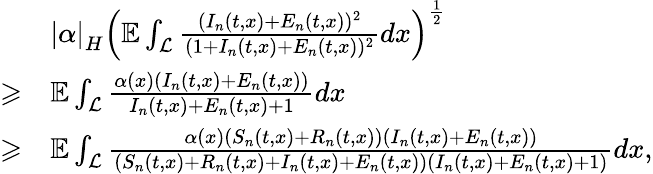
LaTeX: \begin{array}{rl}&{\left|\alpha\right|_{H}\Bigl(\mathbb{E}\int_{\mathcal{L}}\frac{(I_{n}(t,x)+E_{n}(t,x))^{2}}{(1+I_{n}(t,x)+E_{n}(t,x))^{2}}dx\Bigr)^{\frac{1}{2}}}\\ {\geqslant}&{\mathbb{E}\int_{\mathcal{L}}\frac{\alpha(x)(I_{n}(t,x)+E_{n}(t,x))}{I_{n}(t,x)+E_{n}(t,x)+1}dx}\\ {\geqslant}&{\mathbb{E}\int_{\mathcal{L}}\frac{\alpha(x)(S_{n}(t,x)+R_{n}(t,x))(I_{n}(t,x)+E_{n}(t,x))}{(S_{n}(t,x)+R_{n}(t,x)+I_{n}(t,x)+E_{n}(t,x))(I_{n}(t,x)+E_{n}(t,x)+1)}dx,}\end{array}